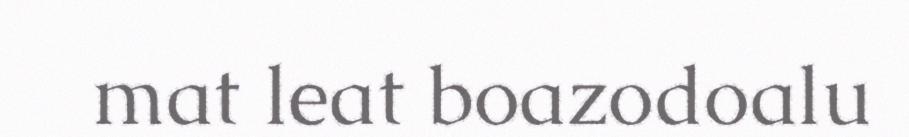
mat leat boazodoalu